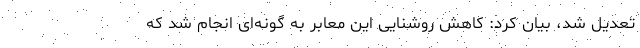
تعدیل شد، بیان کرد: کاهش روشنایی این معابر به گونه‌ای انجام شد که